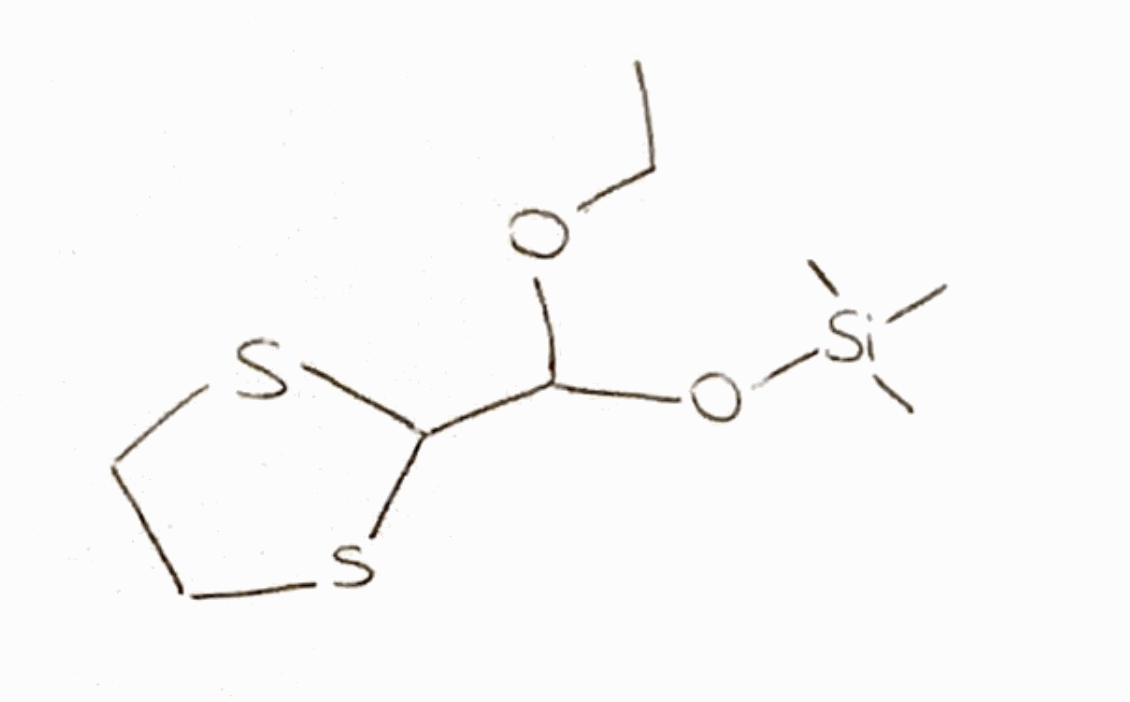
Simplified molecular-input line-entry system (SMILES) notation of the given molecule:
CCOC(C1SCCS1)O[Si](C)(C)C